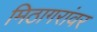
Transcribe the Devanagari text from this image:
मिठागरांवर